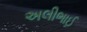
અલીભાઈ